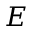
E